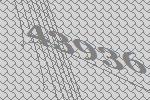
43936